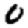
Digit: 0